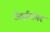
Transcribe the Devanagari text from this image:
ठेठईटांगर